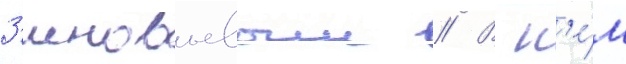
З'иновьевым // В н'е́м